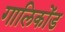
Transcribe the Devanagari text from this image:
गालिकोंड